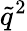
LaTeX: \tilde{q}^{2}